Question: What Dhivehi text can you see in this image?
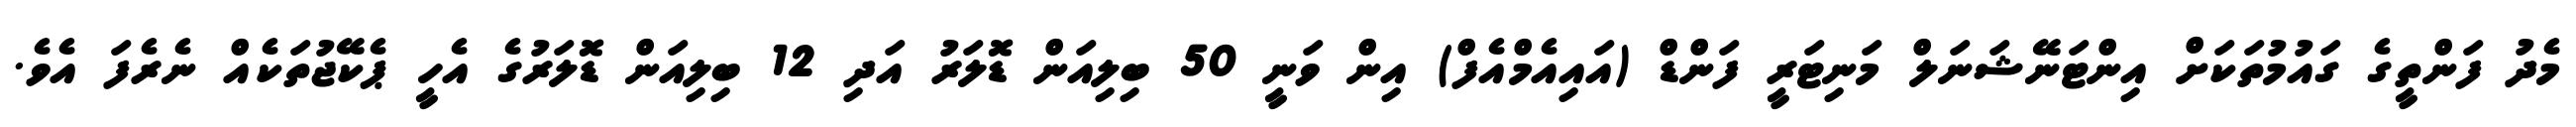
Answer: މެދު ފަންތީގެ ގައުމުތަކަށް އިންޓަނޭޝަނަލް މަނިޓަރީ ފަންޑް (އައިއެމްއެފް) އިން ވަނީ 50 ބިލިއަން ޑޮލަރު އަދި 12 ބިލިއަން ޑޮލަރުގެ އެހީ ޕެކޭޖުތަކެއް ނެރެފަ އެވެ.